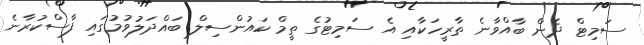
ސަމިޓް ދެން ބާއްވާނެ ތާރީހަކާއި އެ ސަމިޓުގެ ތީމް ކައުންސިލް ބައްދަލުވުމުގައި ފާސްކުރާނެ